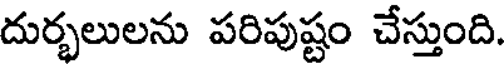
దుర్భలులను పరిపుష్టం చేస్తుంది.